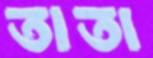
তাতা